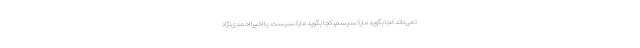
نمی‌داند کجا بگوید مارکسیسم، کجا بگوید مارکسیست. یا اخیرا احمدی‌نژاد